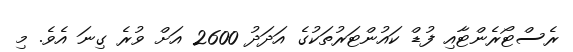
ރެސްޓޯރެންޓާއި ފުޑް ކައުންޓަރުތަކުގެ އަދަދު 2600 އަށް ވުރެ ގިނަ އެވެ. މި